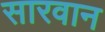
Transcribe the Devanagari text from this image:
सारवान